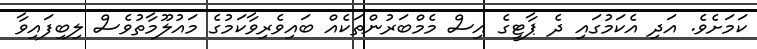
ކަމަށެވެ. އަދި އެކަމުގައި ދެ ޕާޓީގެ އިސް މެމްބަރުންތަކެއް ބައިވެރިވާކަމުގެ މައުލޫމާތުވެސް ލިބިފައިވާ